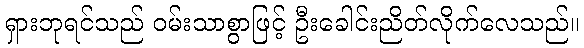
ရှားဘုရင်သည် ဝမ်းသာစွာဖြင့် ဦးခေါင်းညိတ်လိုက်လေသည်။